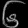
Digit: ၆